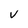
Character: V